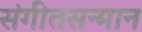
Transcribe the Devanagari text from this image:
संगीतसन्मान